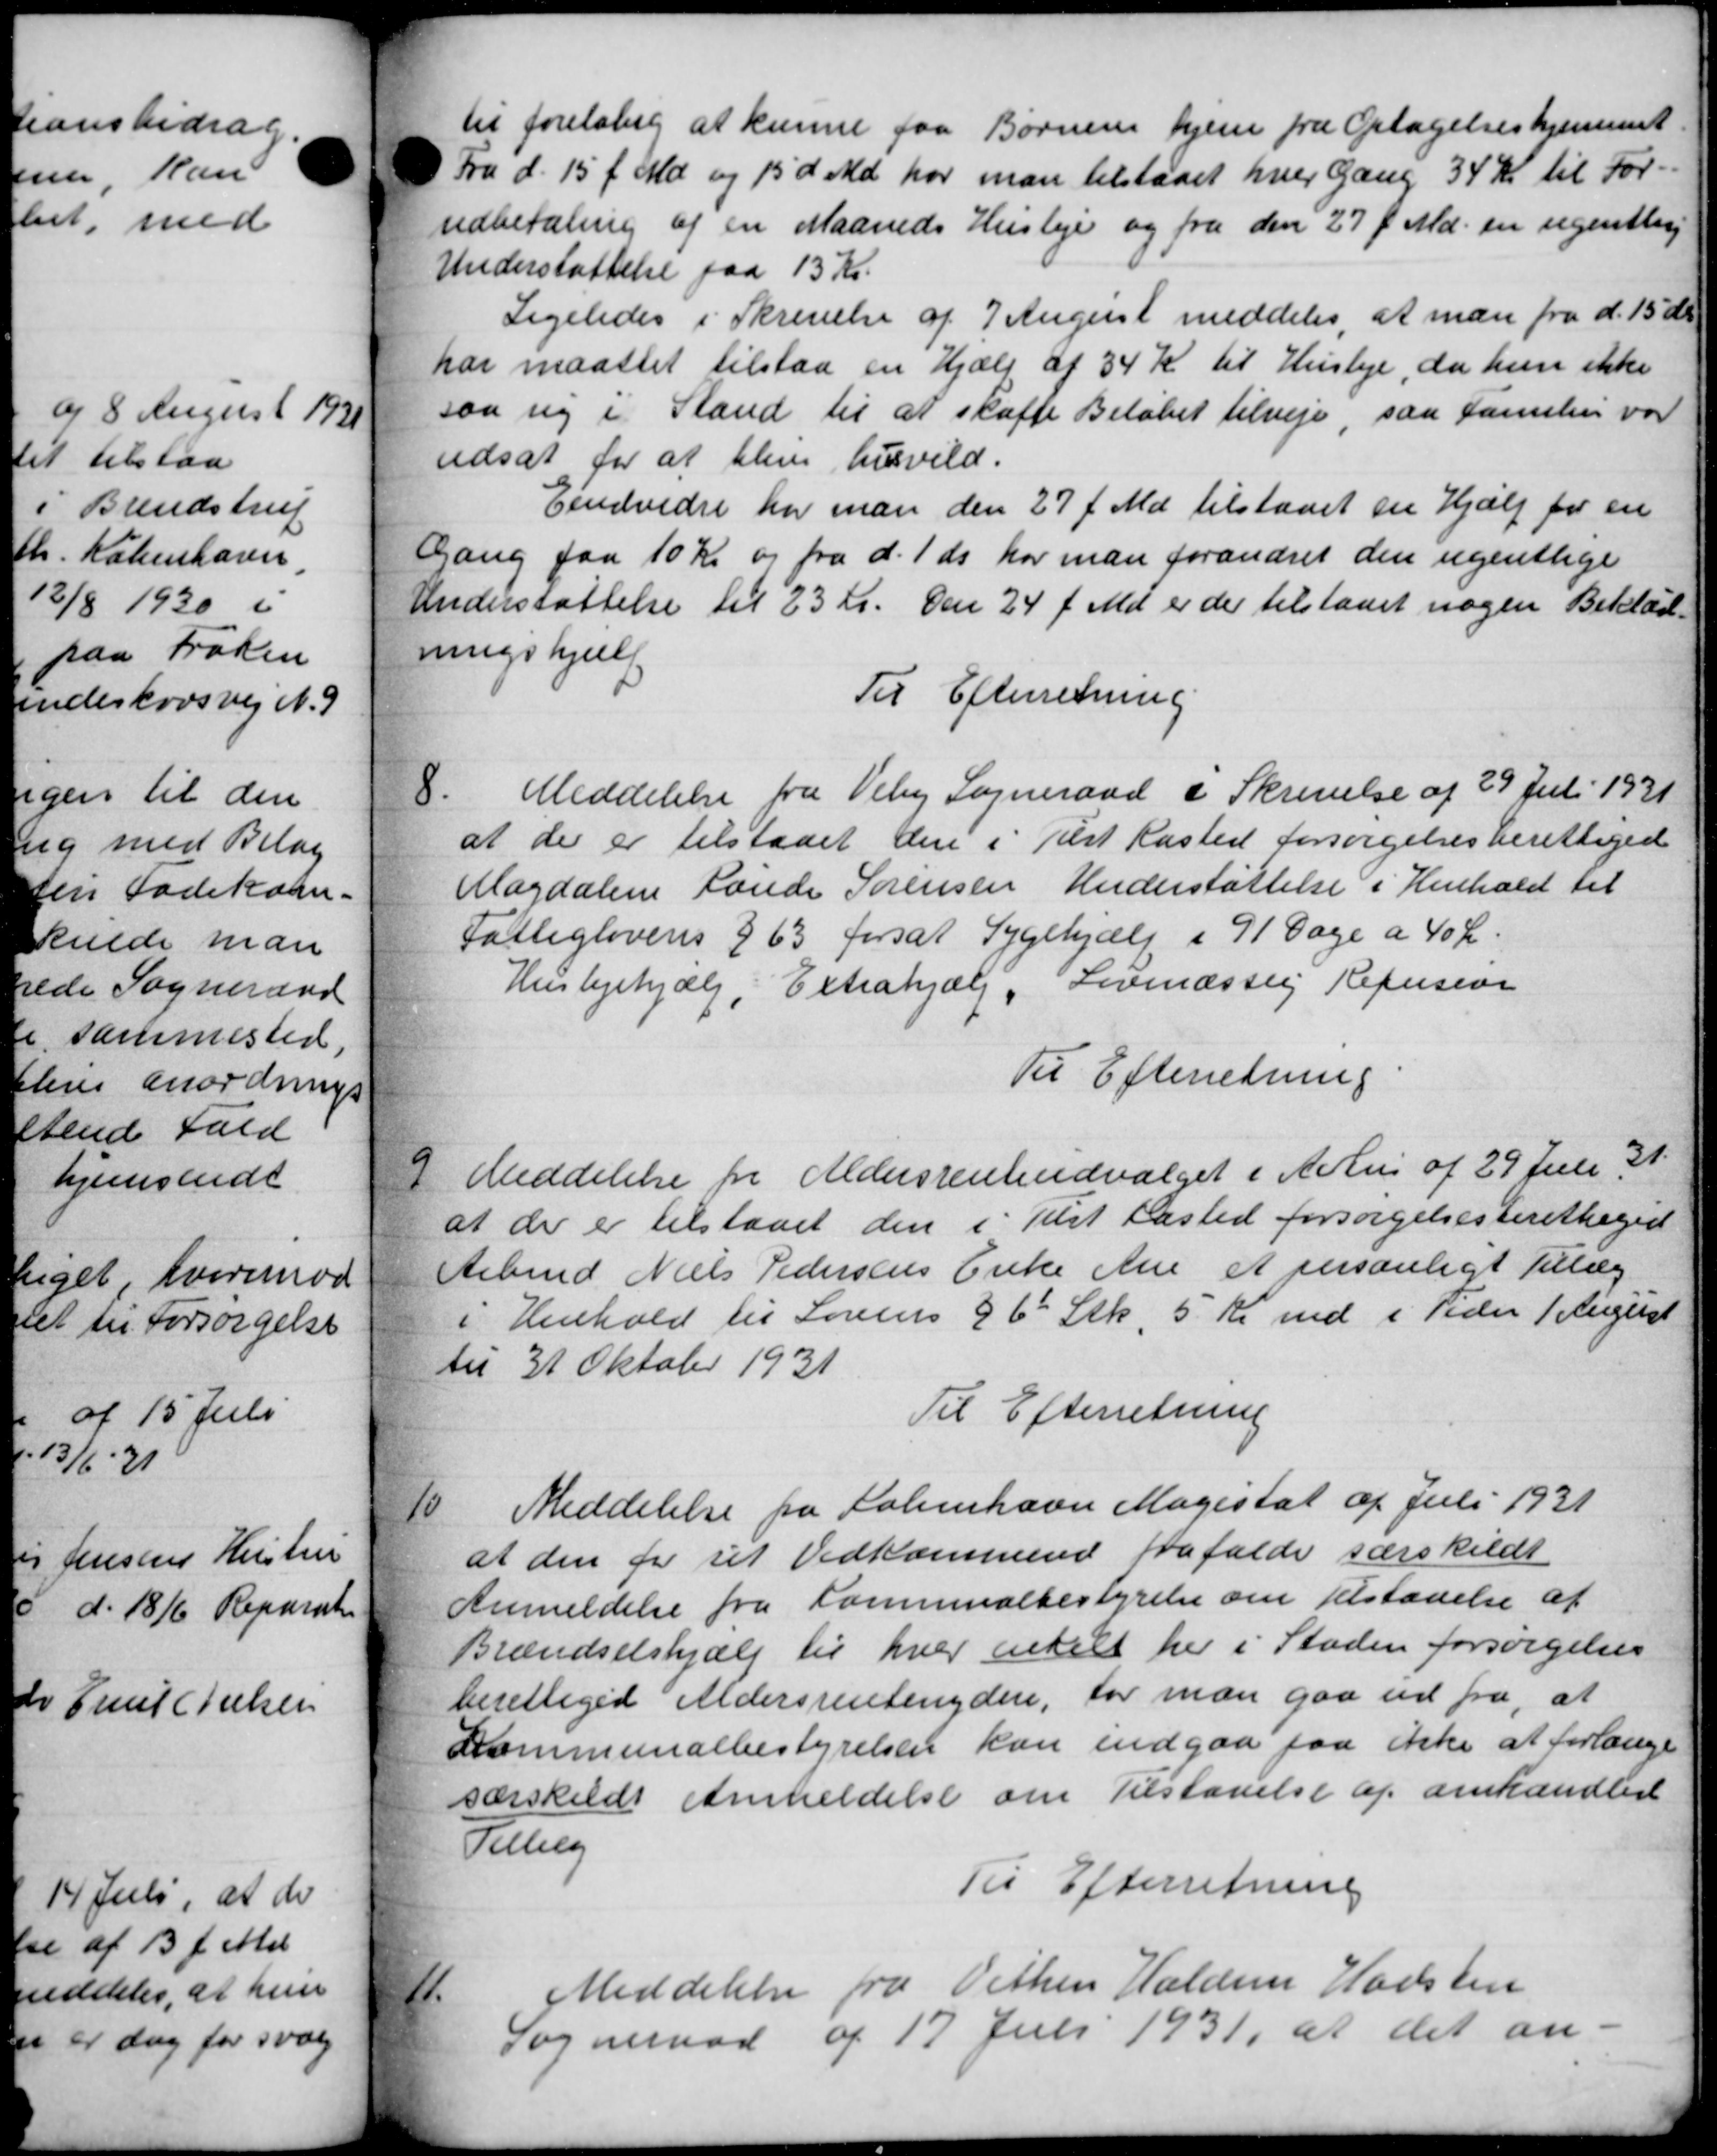
Transskription:
til foreløbig at kunne faa Børnens hjem fra Optagelseshjemmet
Fra d. 15 f. Md og 15' d. Md. har man tilstaaet hver Gang 34 Kr. til For-
udbetaling af en Maaneds Husleje og fra den 27 f. Md. en ugentlig
Understøttelse paa 13 Kr.
Ligeledes i Skrivelse af 7 August meddeles, at man fra d. 15 ds.
har maattet tilstaa en Hjælp af 34 Kr til Husleje, da hun ikke
saa sig i Stand til at skaffe Beløbet tilveje, saa Familier var
udsat for at blive husvild.
Eindvidre har man den 27 f. Md. tilstaaet en Hjælp for en
Gang paa 10 Kr og fra d. 1 ds. har man forandret den ugentlige
nderstøttelse til 23 Kr. den 24 f. Md. er der tilstaaet nogen Beklæd-
ringshjæl
Til Efterretning
8
Meddelelse fra Viby Sogneraad i Skrivelse af 29 Juli 1931
at der er tilstaaet den i Tilst Kasted forsørgelsesberettiged
Magdalene Lande Sørensen Understøttelse i Henhold til
Fattiglovens § 63 forsat Sygehjælp i 91 Dage a 40 Kr.
Huslejehjælp, Extrahjælp, Lovmæssig Refusion
Til Efterretning
9
Meddelelse fra Aldersrenteudvalget i Århus af 29 Juli 31.
at der er tilstaaet den i Tilst Kasted forsørgelsesberettiged
ebmd Niels Pedersens Enke Ane et personligt Tillæg
i Henhold til Lovens § 6 Stk, 5 Kr ind i Peder 1 August
til 31 Oktober 1931
Til Efterretning
10
Meddelelse fra København Magestat af Juli 1931
at den for sit Vedkommende frafalde særskildt
Anmeldelse fra Kommunalbestyrelse om Tilstaaelse af
Brændselshjælp til hver enkelt her i Staden forsørgelses
berettiget Aldersrentenydere, for man gaa ud fra, at
Kommunalbestyrelsen kan indgaa faa ikke at forlange
særskildt Amheldelse om Tilstaaelse af omhandler
Tilling
Til Efterretning
11
Meddelelse fra Vithen Haldum Hadsten
Sogneraad af 17 Juli 1931, at det an